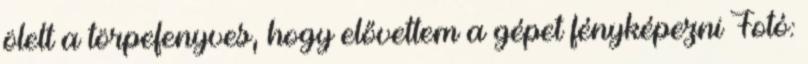
ölelt a törpefenyves, hogy elővettem a gépet fényképezni Fotó: